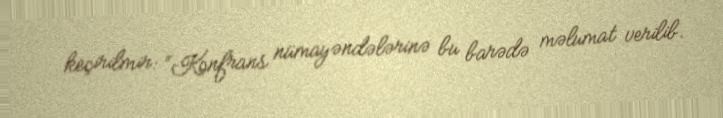
keçirilmir: “Konfrans nümayəndələrinə bu barədə məlumat verilib.